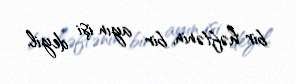
bir həftənin, bir ayın işi deyil.